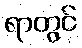
ရာတွင်